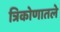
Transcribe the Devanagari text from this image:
त्रिकोणातले